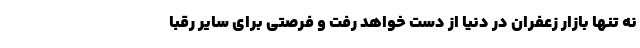
نه تنها بازار زعفران در دنیا از دست خواهد رفت و فرصتی برای سایر رقبا